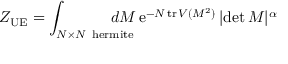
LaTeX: Z _ { \mathrm { U E } } = \int _ { N \times N \, \mathrm { \scriptsize ~ h e r m i t e } } \! \! \! \! \! \! \! \! \! \! d M \, \mathrm { e } ^ { - N \, \mathrm { t r } \, V ( M ^ { 2 } ) } \, | \mathrm { d e t } \, M | ^ { \alpha }